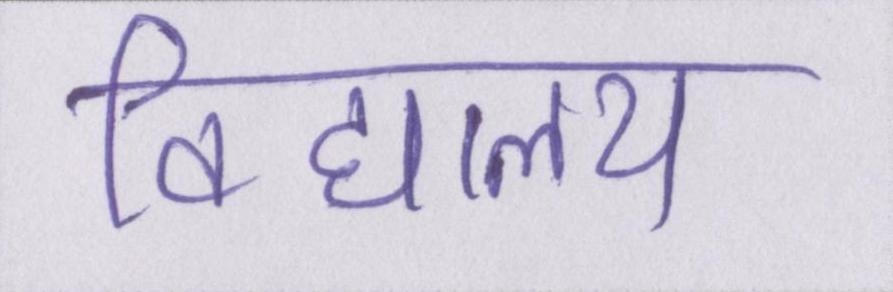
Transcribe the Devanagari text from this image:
विद्यालय